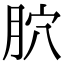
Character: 𦙮